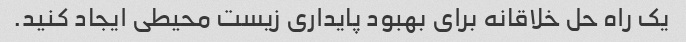
یک راه حل خلاقانه برای بهبود پایداری زیست محیطی ایجاد کنید.